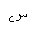
Letter: _sin